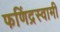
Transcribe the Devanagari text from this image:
फणिंद्रस्वामी